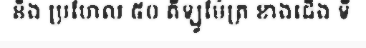
និង ប្រហែល ៥០ គីឡូម៉ែត្រ ខាងជើង ទី